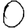
Digit: 0